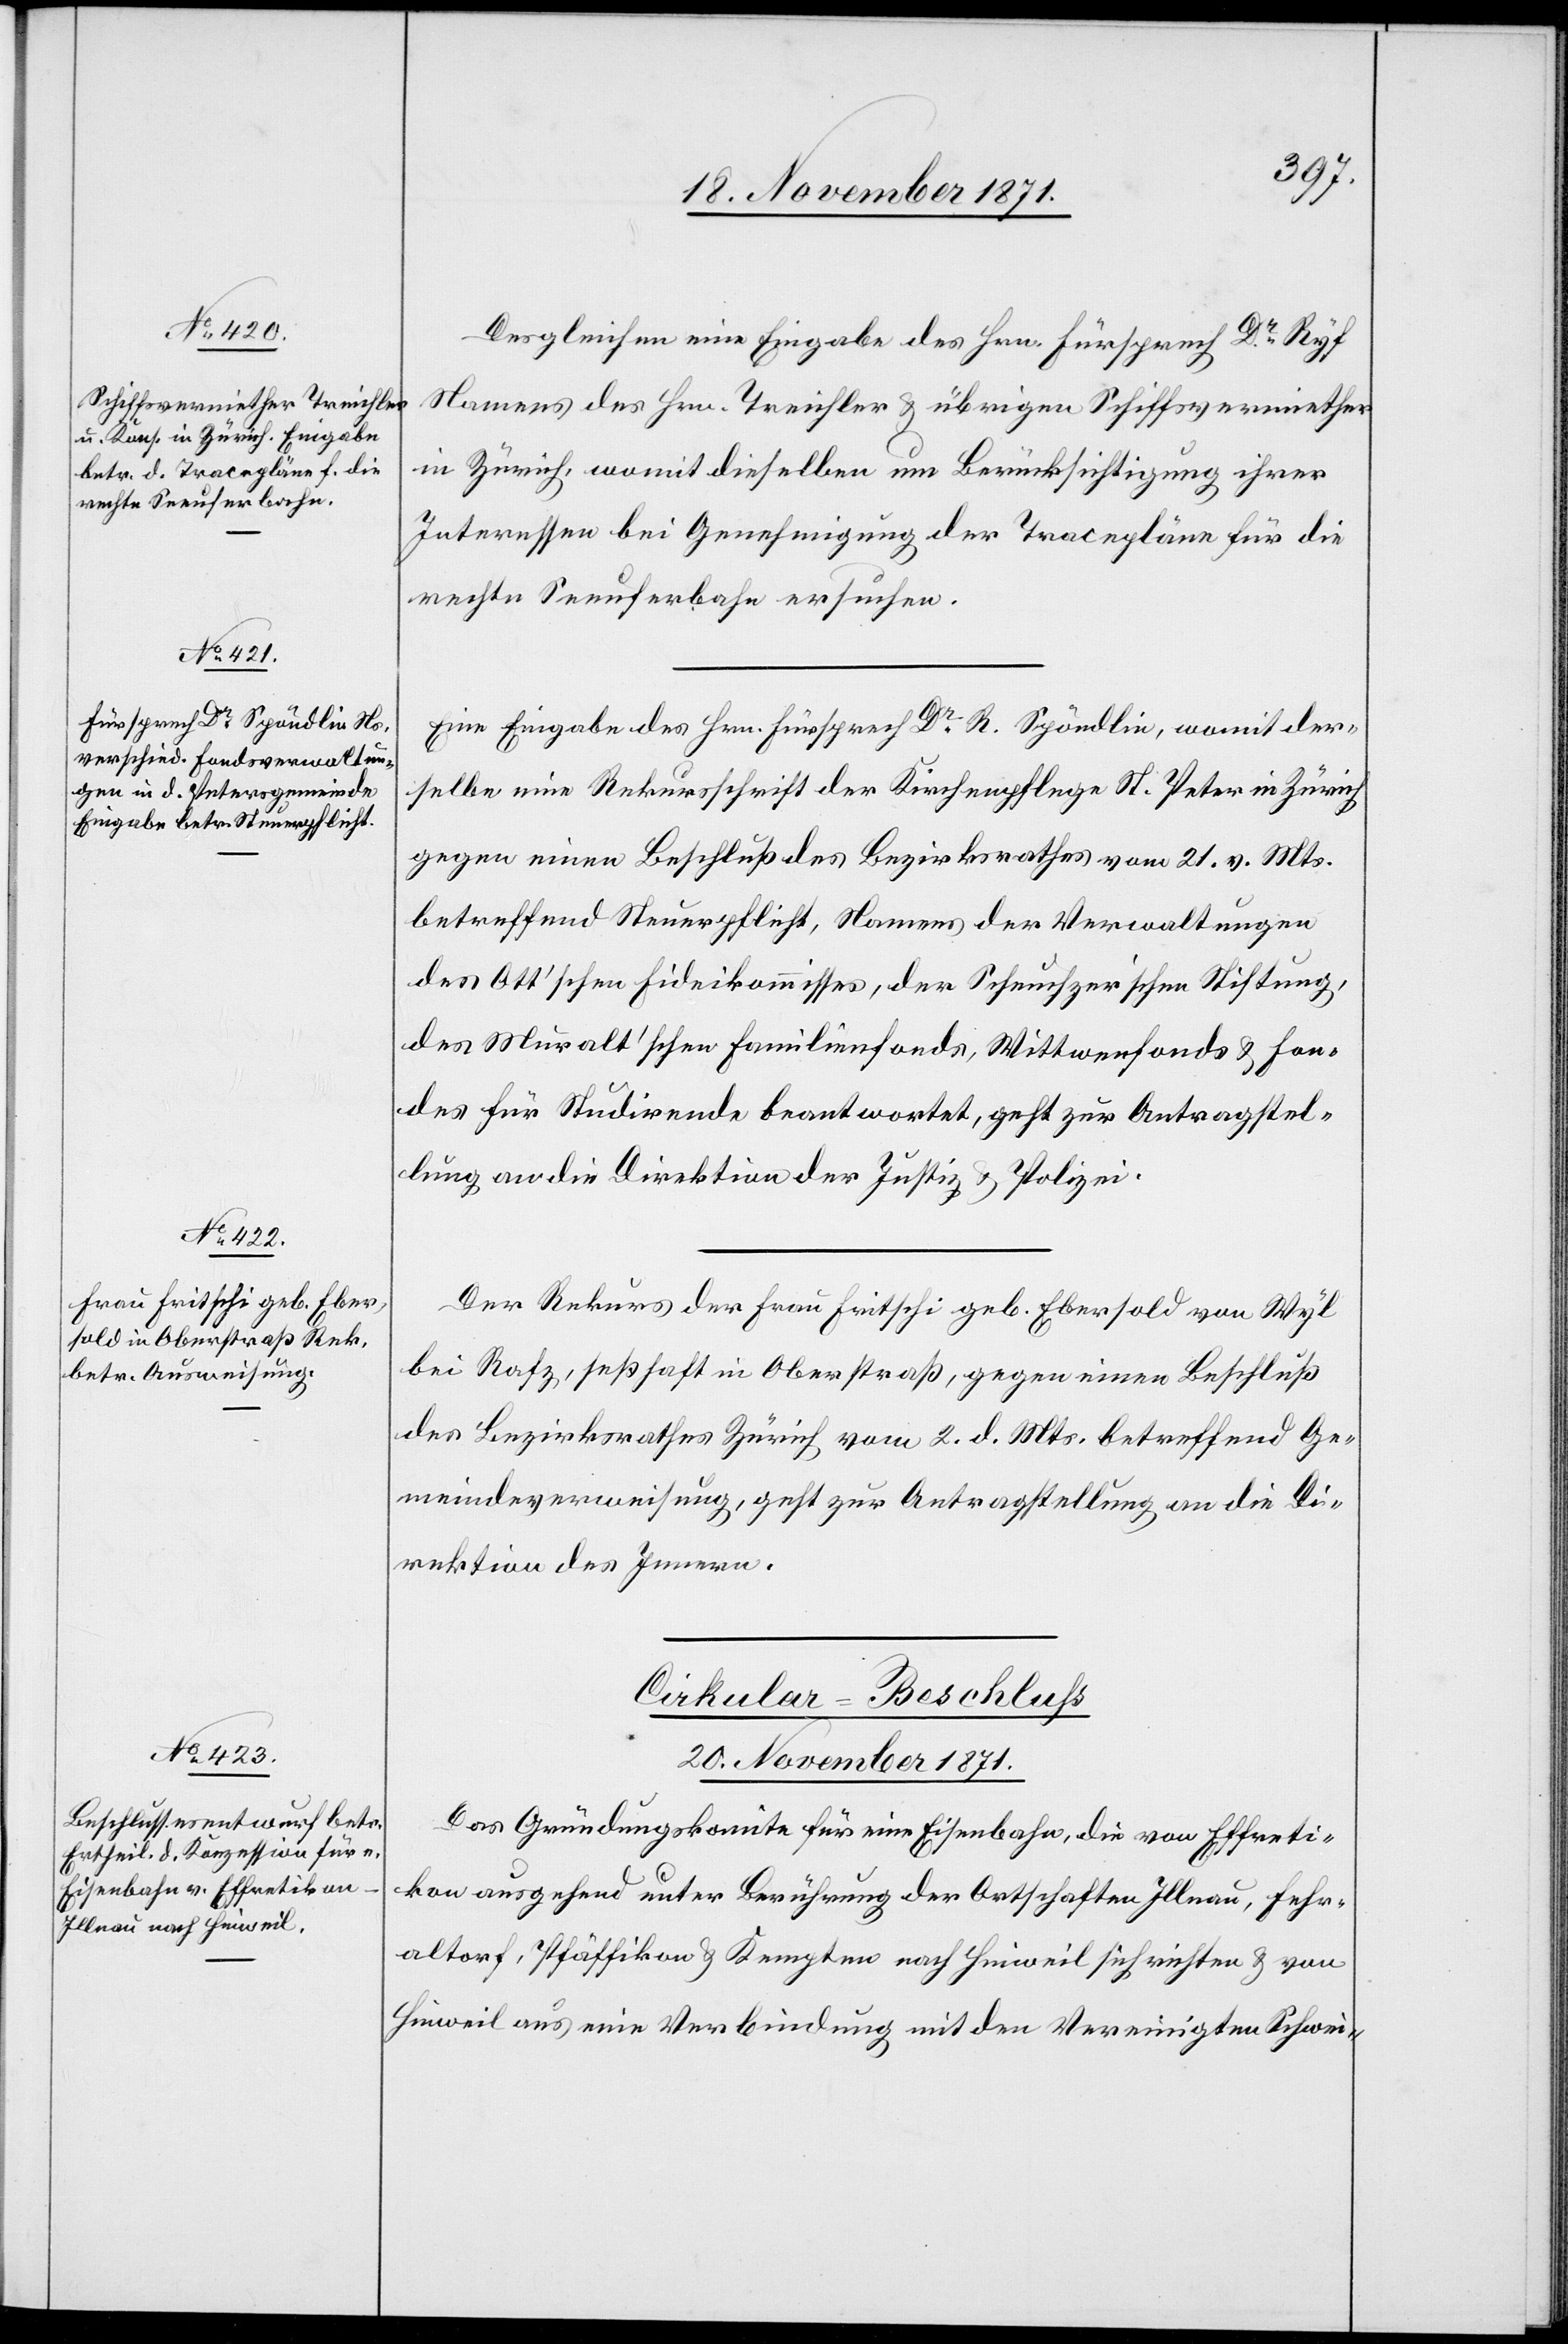
18. November 1871.]
Desgleichen eine Eingabe des Hrn. Fürsprech Dr Ryf
Namens des Hrn. Treichler & übrigen Schiffsvermiether
in Zürich, womit dieselben um Berücksichtigung ihrer
Interessen bei Genehmigung der Tracepläne für die
rechte Seeuferbahn ersuchen.
Eine Eingabe des Hrn. Fürsprech Dr R. Spöndlin, womit der¬
selbe eine Rekursschrift der Kirchenpflege St. Peter in Zürich
gegen einen Beschluß des Bezirksrathes vom 21. v. Mts.
betreffend Steuerpflicht, Namens der Verwaltungen
des Ott’schen Fideikommisses, der Scheuchzer’schen Stiftung,
des Muralt’schen Familienfonds, Wittwenfonds und Fon¬
des für Studirende beantwortet, geht zur Antragstel¬
lung an die Direktion der Justiz & Polizei.
Der Rekurs der Frau Fritschi geb. Ebersold von Wyl
bei Rafz, sesshaft in Oberstraß gegen einen Beschluß
des Bezirksrathes Zürich vom 2. d. Mts. betreffend Ge¬
meindeverweisung, geht zur Antragstellung an die Di¬
rektion des Innern.
Cirkular-Beschluss
20. November 1871.
Das Gründungskomite für eine Eisenbahn, die von Effreti¬
kon ausgehend unter Berührung der Ortschaften Illnau, Fehr¬
altorf, Pfäffikon & Kempten nach Hinweil sich richten & von
Hinweil aus eine Verbindung mit den Vereinigten Schwei-